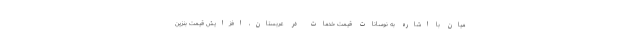
میان با اشاره به نوسانات قیمت خدمات در عربستان، افزایش قیمت بنزین